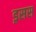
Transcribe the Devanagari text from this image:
ड्रसस